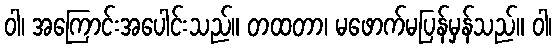
ဝါ၊ အကြောင်းအပေါင်းသည်။ တထတာ၊ မဖောက်မပြန်မှန်သည်။ ဝါ၊